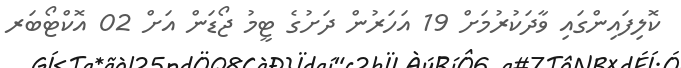
ކޮލިފައިންގައި ވާދަކުރުމަށް 19 އަހަރުން ދަށުގެ ޓީމު ޖޯޑަން އަށް 02 އޮކްޓޯބަރ